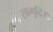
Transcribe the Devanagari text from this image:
सामुद्रि।